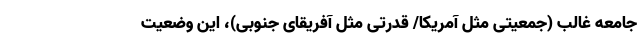
جامعه غالب (جمعیتی مثل آمریکا/ قدرتی مثل آفریقای جنوبی)، این وضعیت